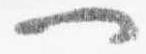
一